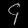
Digit: ၄